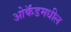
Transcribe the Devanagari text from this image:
ओकॅंडमधील